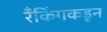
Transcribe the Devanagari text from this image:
रँकिंगकडून